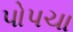
પોપચા